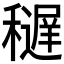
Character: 𥣔